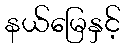
နယ်မြေနှင့်